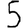
Digit: 5